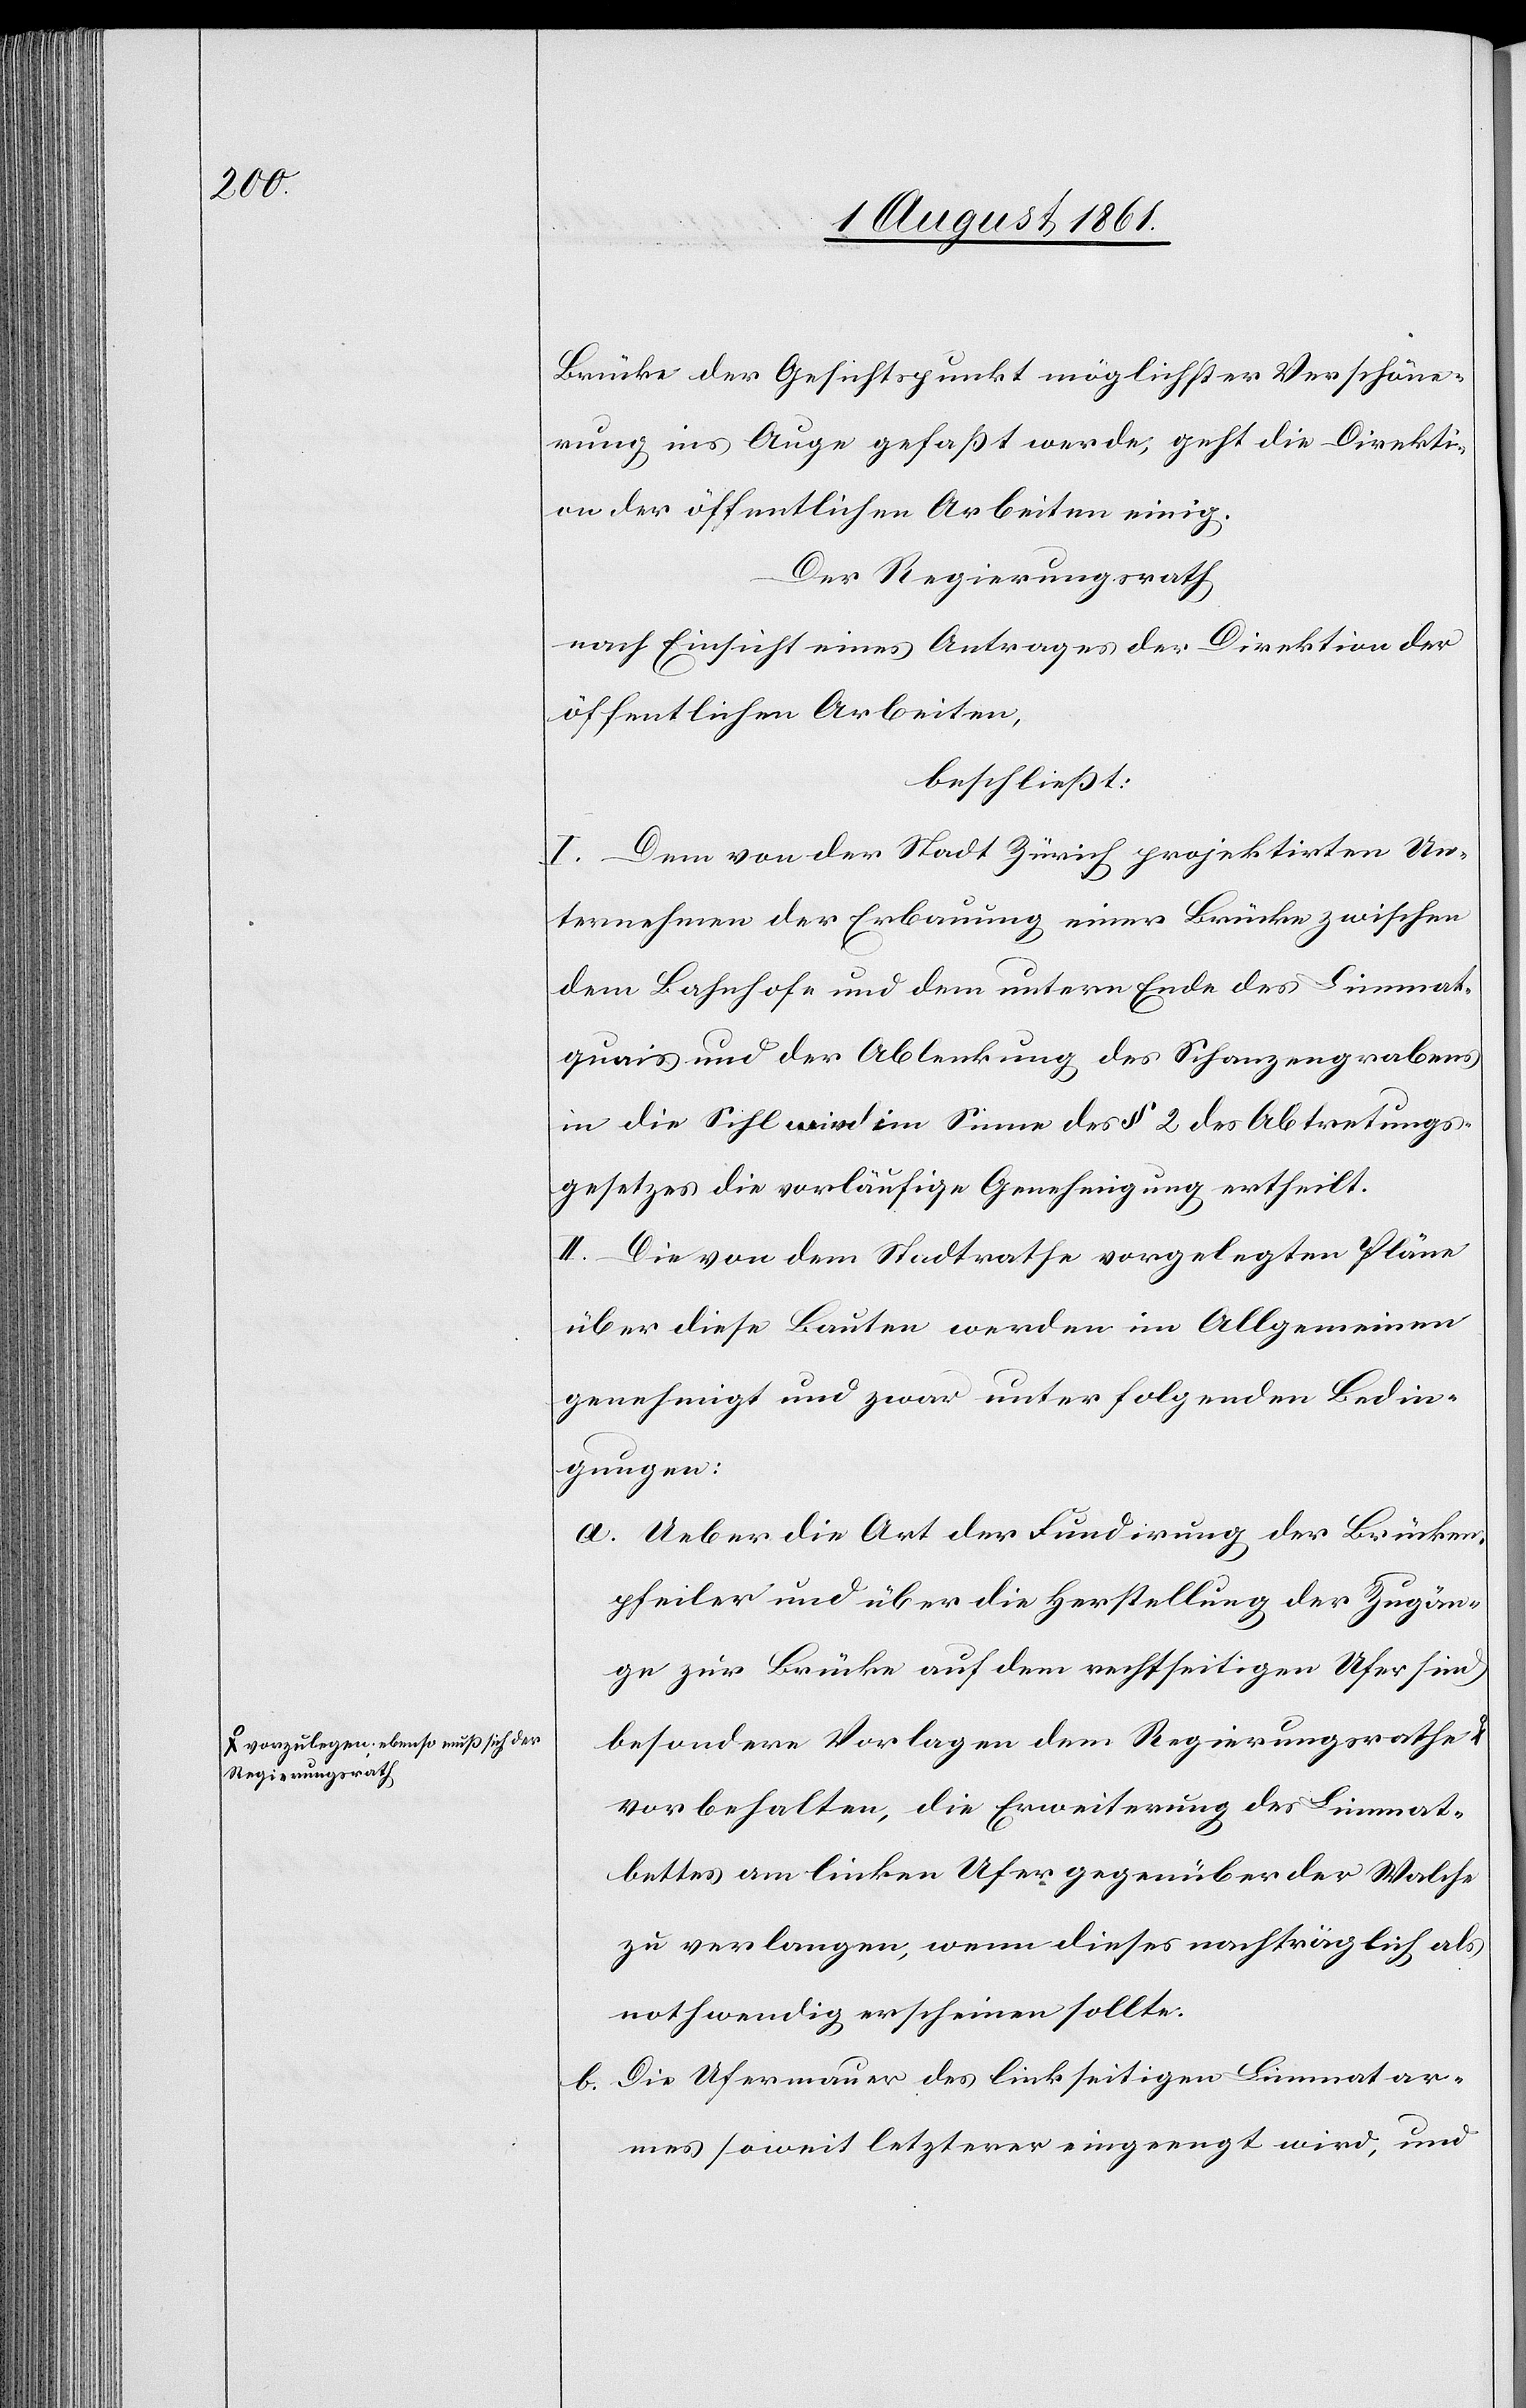
a-vorzulegen ebenso muß sich der
Regierungsrath-a

Brücke der Gesichtspunkt möglichster Verschöne¬
rung ins Auge gefaßt wurde, geht die Direkti¬
on der öffentlichen Arbeiten einig.
Der Regierungsrath
nach Einsicht eines Antrages der Direktion der
öffentlichen Arbeiten,
beschließt:
I. Dem von der Stadt Zürich projektirten Un¬
ternehmen der Erbauung einer Brücke zwischen
dem Bahnhofe und dem untern Ende des Limmat¬
quais und der Ablenkung des Schanzengrabens
in die Sihl wird im Sinne des § 2 des Abtretungs¬
gesetzes die vorläufige Genehmigung ertheilt.
II. Die von dem Stadtrathe vorgelegten Pläne
über diese Bauten werden im Allgemeinen
genehmigt und zwar unter folgenden Bedin¬
gungen:
a. Ueber die Art der Fundirung der Brücken¬
pfeiler und über die Herstellung der Zugän¬
ge zur Brücke auf dem rechtseitigen Ufer sind
besondere Vorlagen dem Regierungsrathe
vorbehalten, die Erweiterung des Limmat¬
bettes am linken Ufer gegenüber der Walche
zu verlangen, wenn dieses nachträglich als
nothwendig erscheinen sollte.
b. Die Ufermauer des linkseitigen Limmatar¬
mes soweit letzterer eingeengt wird, und